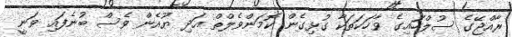
ރާއްޖޭގެ ސުލްހައިގެ ވާހަކަތަކާ ގުޅިގެން ކޮމަންވެލްތް އަދި ޔޫއެން ވެސް ބުނެފައި ވަނީ